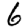
Digit: 6